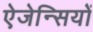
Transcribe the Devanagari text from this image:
ऐजेन्सियों